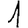
Digit: 1